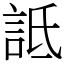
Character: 詆